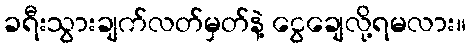
ခရီးသွားချက်လတ်မှတ်နဲ့ ငွေချေလို့ရမလား။